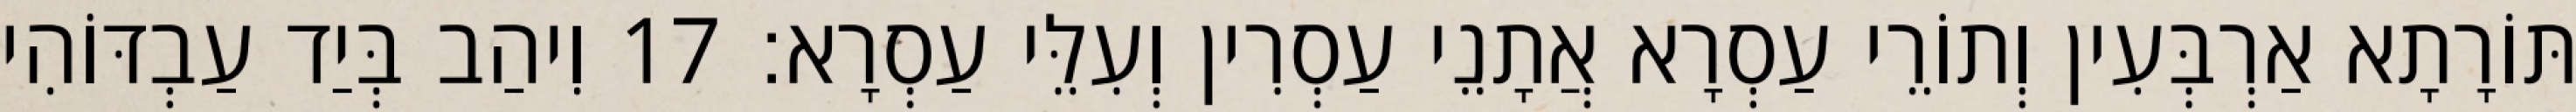
תּוֹרָתָא אַרְבְּעִין וְתוֹרֵי עַסְרָא אֲתָנֵי עַסְרִין וְעִלֵּי עַסְרָא׃ 17 וִיהַב בְּיַד עַבְדּוֹהִי